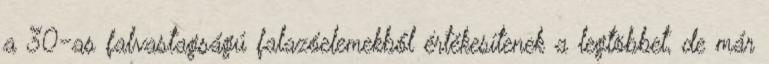
a 30-as falvastagságú falazóelemekből értékesítenek a legtöbbet, de már